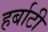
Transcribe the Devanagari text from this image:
हर्बाटी